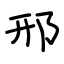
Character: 邢